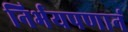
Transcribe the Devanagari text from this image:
निर्भयपणानं